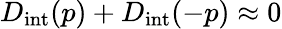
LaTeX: D_{\mathrm{int}}(p)+D_{\mathrm{int}}(-p)\approx 0